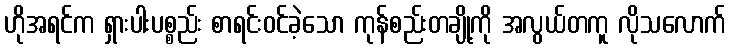
ဟိုအရင်က ရှားပါးပစ္စည်း စာရင်းဝင်ခဲ့သော ကုန်စည်းတချို့ကို အလွယ်တကူ လိုသလောက်